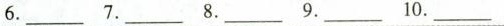
6.___ 7.___ 8.___ 9.___ 10.___